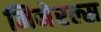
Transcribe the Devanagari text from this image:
मिनेरल्स